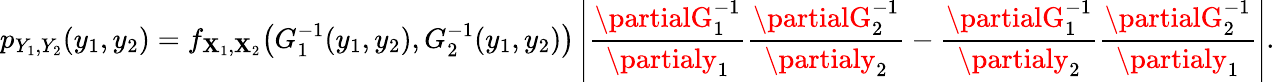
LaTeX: p_{Y_{1},Y_{2}}(y_{1},y_{2})=f_{\mathbf{X}_{1},\mathbf{X}_{2}}{\big(}G_{1}^{-1}(y_{1},y_{2}),G_{2}^{-1}(y_{1},y_{2}){\big)}\left\vert{\frac{{\partialG_{1}^{-1}}}{{\partialy_{1}}}}{\frac{{\partialG_{2}^{-1}}}{{\partialy_{2}}}}-{\frac{{\partialG_{1}^{-1}}}{{\partialy_{2}}}}{\frac{{\partialG_{2}^{-1}}}{{\partialy_{1}}}}\right\vert.